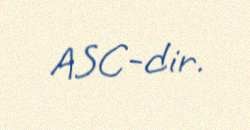
ASC-dir.